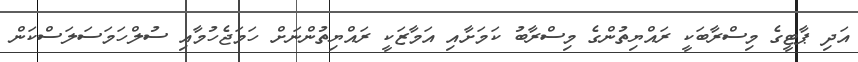
އަދި ޕާޓީގެ މިސްރާބަކީ ރައްޔިތުންގެ މިސްރާބު ކަމަށާއި އަމާޒަކީ ރައްޔިތުންނަށް ހަމަޖެހުމާއި ސުލްހަމަސަލަސްކަން